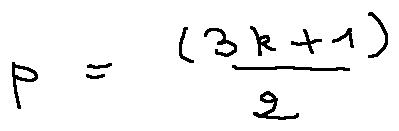
p = \frac { ( 3 k + 1 ) } { 2 }